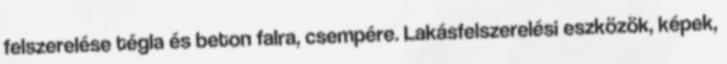
felszerelése tégla és beton falra, csempére. Lakásfelszerelési eszközök, képek,